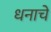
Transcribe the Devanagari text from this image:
धनाचें